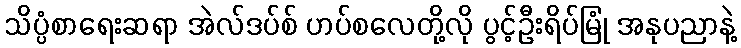
သိပ္ပံစာရေးဆရာ အဲလ်ဒပ်စ် ဟပ်စလေတို့လို ပွင့်ဦးရိပ်မြုံ အနုပညာနဲ့